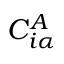
C _ { i \alpha } ^ { A }